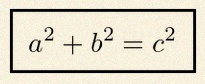
a^2+b^2=c^2